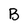
Character: B